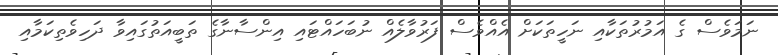
ނަމަވެސް ގެ އަމުރުތަކާއި ނަހީތަކަށް އެއްވެސް ފަރުވާލެއް ނުބަހައްޓައި އިންސާނާގެ ތަބީއަތުގައިވާ ދަހިވެތިކަމާއި